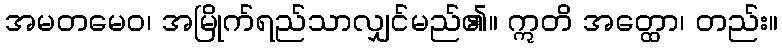
အမတမေဝ၊ အမြိုက်ရည်သာလျှင်မည်၏။ ဣတိ အတ္ထော၊ တည်း။